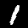
Digit: 1